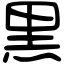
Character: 黒